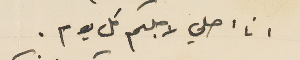
انا اصلي لاجلكم كل يوم.